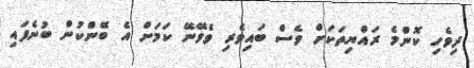
ދިވެހި ކޮންމެ ރައްޔިތަކަށް ވެސް ބައިވެރި ވެވޭނޭ ކަމަށް އެ ބޭންކުން ބުނެފައި